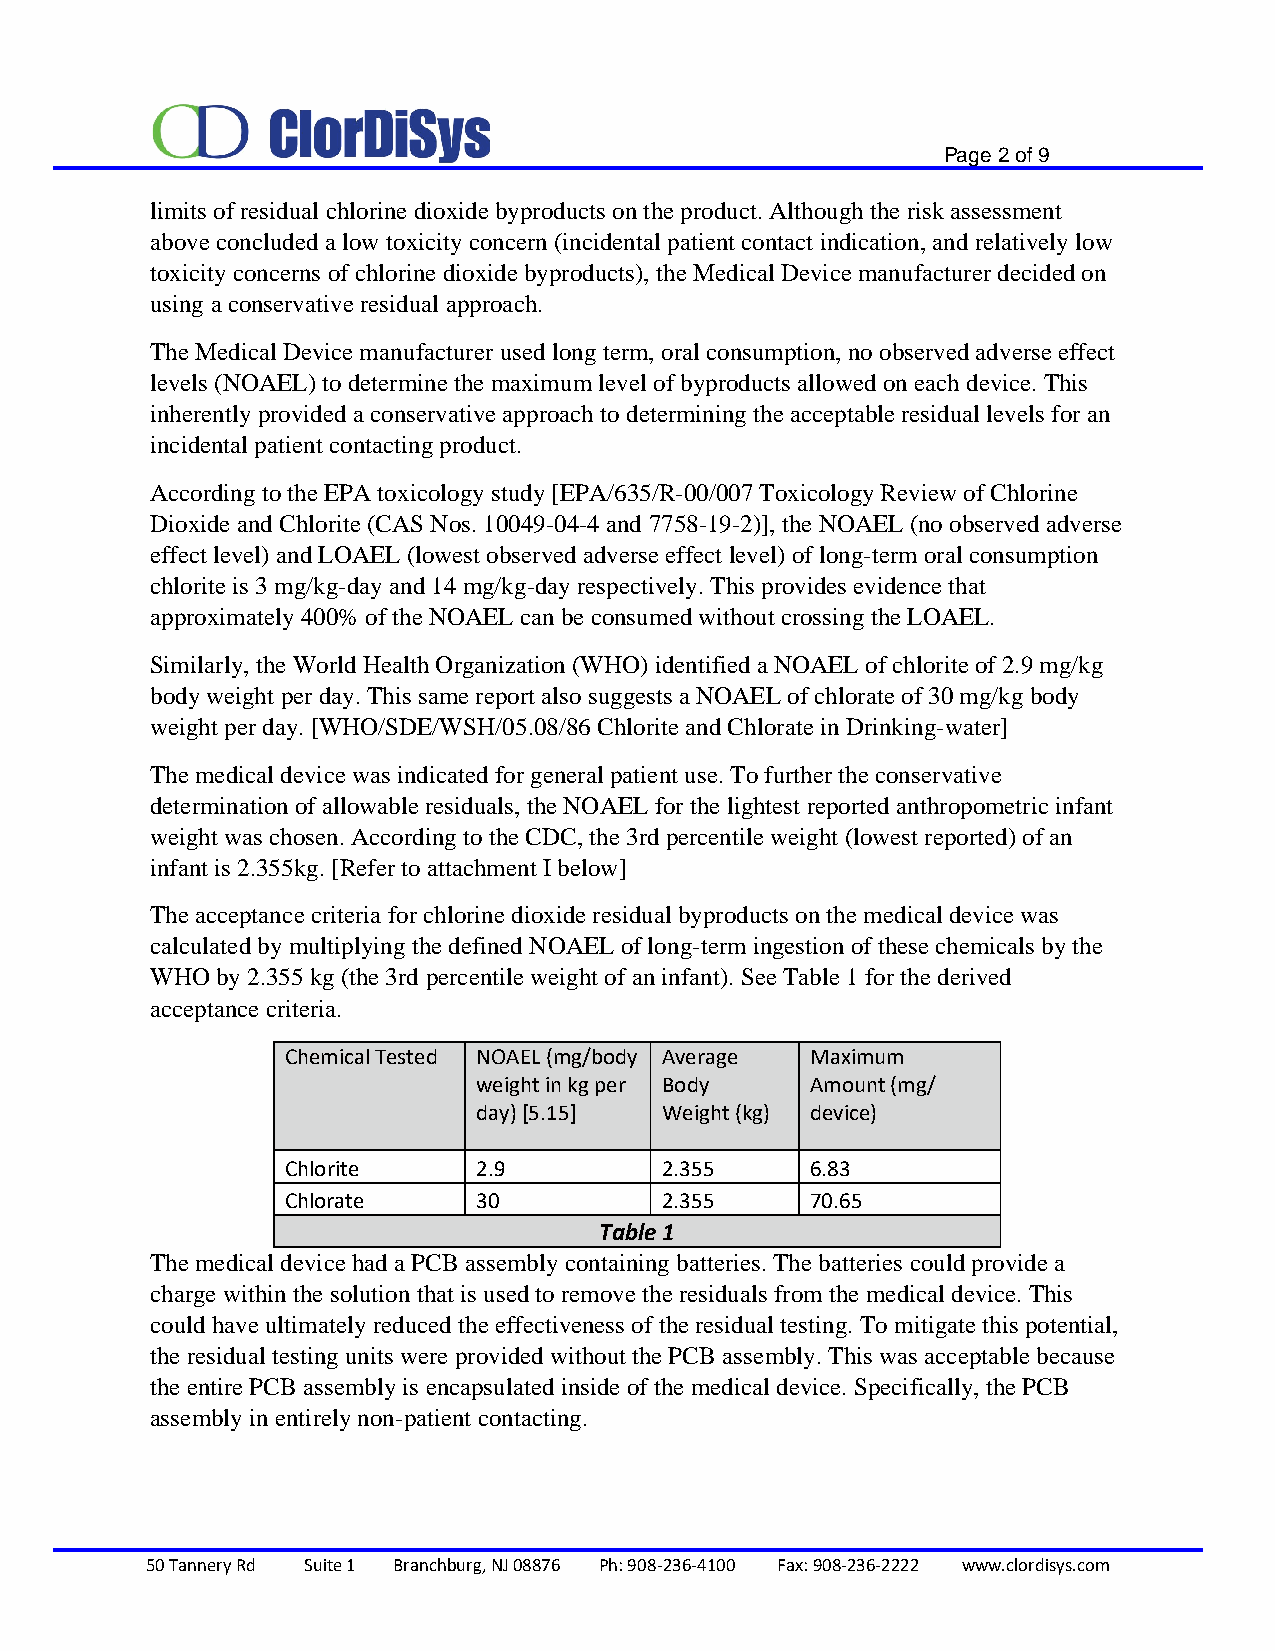
Page 2 of 9
 limits of residual chlorine dioxide byproducts on the product. Although the risk assessment
 above concluded a low toxicity concern (incidental patient contact indication, and relatively low
 toxicity concerns of chlorine dioxide byproducts), the Medical Device manufacturer decided on
 using a conservative residual approach.
 The Medical Device manufacturer used long term, oral consumption, no observed adverse effect
 levels (NOAEL) to determine the maximum level of byproducts allowed on each device. This
 inherently provided a conservative approach to determining the acceptable residual levels for an
 incidental patient contacting product.
 According to the EPA toxicology study [EPA/635/R-00/007 Toxicology Review of Chlorine
 Dioxide and Chlorite (CAS Nos. 10049-04-4 and 7758-19-2)], the NOAEL (no observed adverse
 effect level) and LOAEL (lowest observed adverse effect level) of long-term oral consumption
 chlorite is 3 mg/kg-day and 14 mg/kg-day respectively. This provides evidence that
 approximately 400% of the NOAEL can be consumed without crossing the LOAEL.
 Similarly, the World Health Organization (WHO) identified a NOAEL of chlorite of 2.9 mg/kg
 body weight per day. This same report also suggests a NOAEL of chlorate of 30 mg/kg body
 weight per day. [WHO/SDE/WSH/05.08/86 Chlorite and Chlorate in Drinking-water]
 The medical device was indicated for general patient use. To further the conservative
 determination of allowable residuals, the NOAEL for the lightest reported anthropometric infant
 weight was chosen. According to the CDC, the 3rd percentile weight (lowest reported) of an
 infant is 2.355kg. [Refer to attachment I below]
 The acceptance criteria for chlorine dioxide residual byproducts on the medical device was
 calculated by multiplying the defined NOAEL of long-term ingestion of these chemicals by the
 WHO by 2.355 kg (the 3rd percentile weight of an infant). See Table 1 for the derived
 acceptance criteria.
 Chemical Tested NOAEL (mg/body Average Maximum
 weight in kg per Body Amount (mg/
 day) [5.15] Weight (kg) device)
 Chlorite     2.9         2.355     6.83
 Chlorate     30          2.355     70.65
 Table 1
 The medical device had a PCB assembly containing batteries. The batteries could provide a
 charge within the solution that is used to remove the residuals from the medical device. This
 could have ultimately reduced the effectiveness of the residual testing. To mitigate this potential,
 the residual testing units were provided without the PCB assembly. This was acceptable because
 the entire PCB assembly is encapsulated inside of the medical device. Specifically, the PCB
 assembly in entirely non-patient contacting.
 50 Tannery Rd Suite 1 Branchburg, NJ 08876 Ph: 908-236-4100 Fax: 908-236-2222 www.clordisys.com